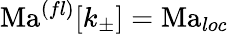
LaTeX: \mathrm{Ma}^{(fl)}[k_{\pm}]=\mathrm{Ma}_{loc}